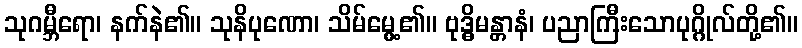
သုဂမ္ဘီရော၊ နက်နဲ၏။ သုနိပုဏော၊ သိမ်မွေ့၏။ ဗုဒ္ဓိမန္တာနံ၊ ပညာကြီးသောပုဂ္ဂိုလ်တို့၏။